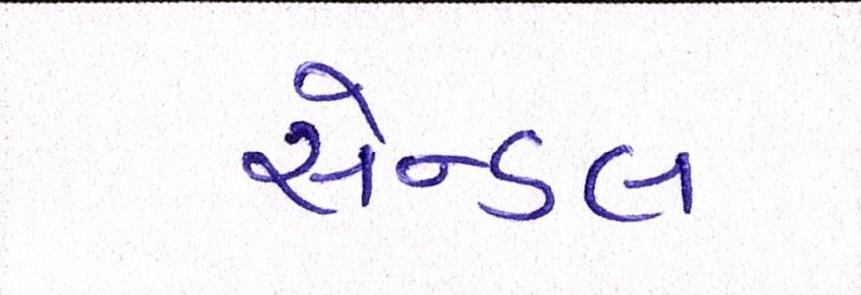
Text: સેન્ડલ